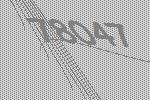
78047